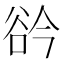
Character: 𧮰